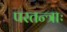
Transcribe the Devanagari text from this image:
परतन्त्राः